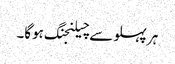
ہر پہلو سے چیلنجنگ ہوگا۔